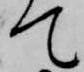
て